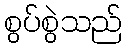
စွပ်စွဲသည်